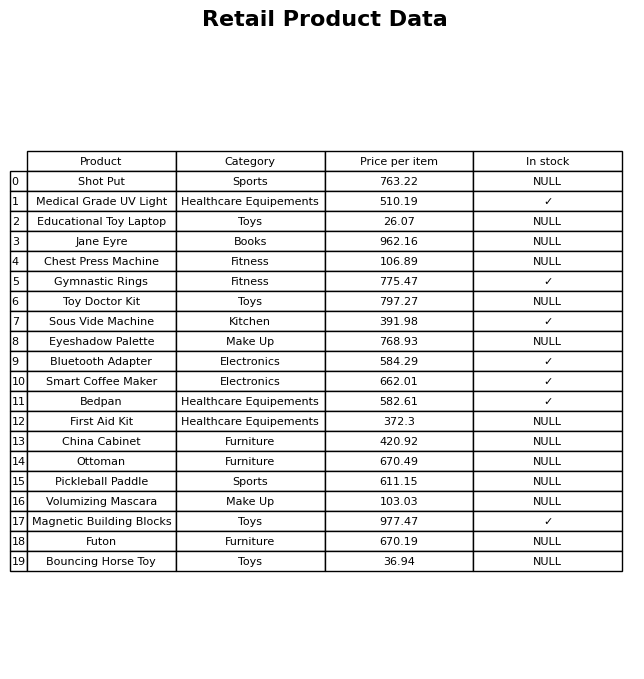
question: What is the stock status of the Bluetooth Adapter?
answer: ✓